65_HS1-834228961_62-HQ-83894_Section_9
Agency: FBI
Page 1
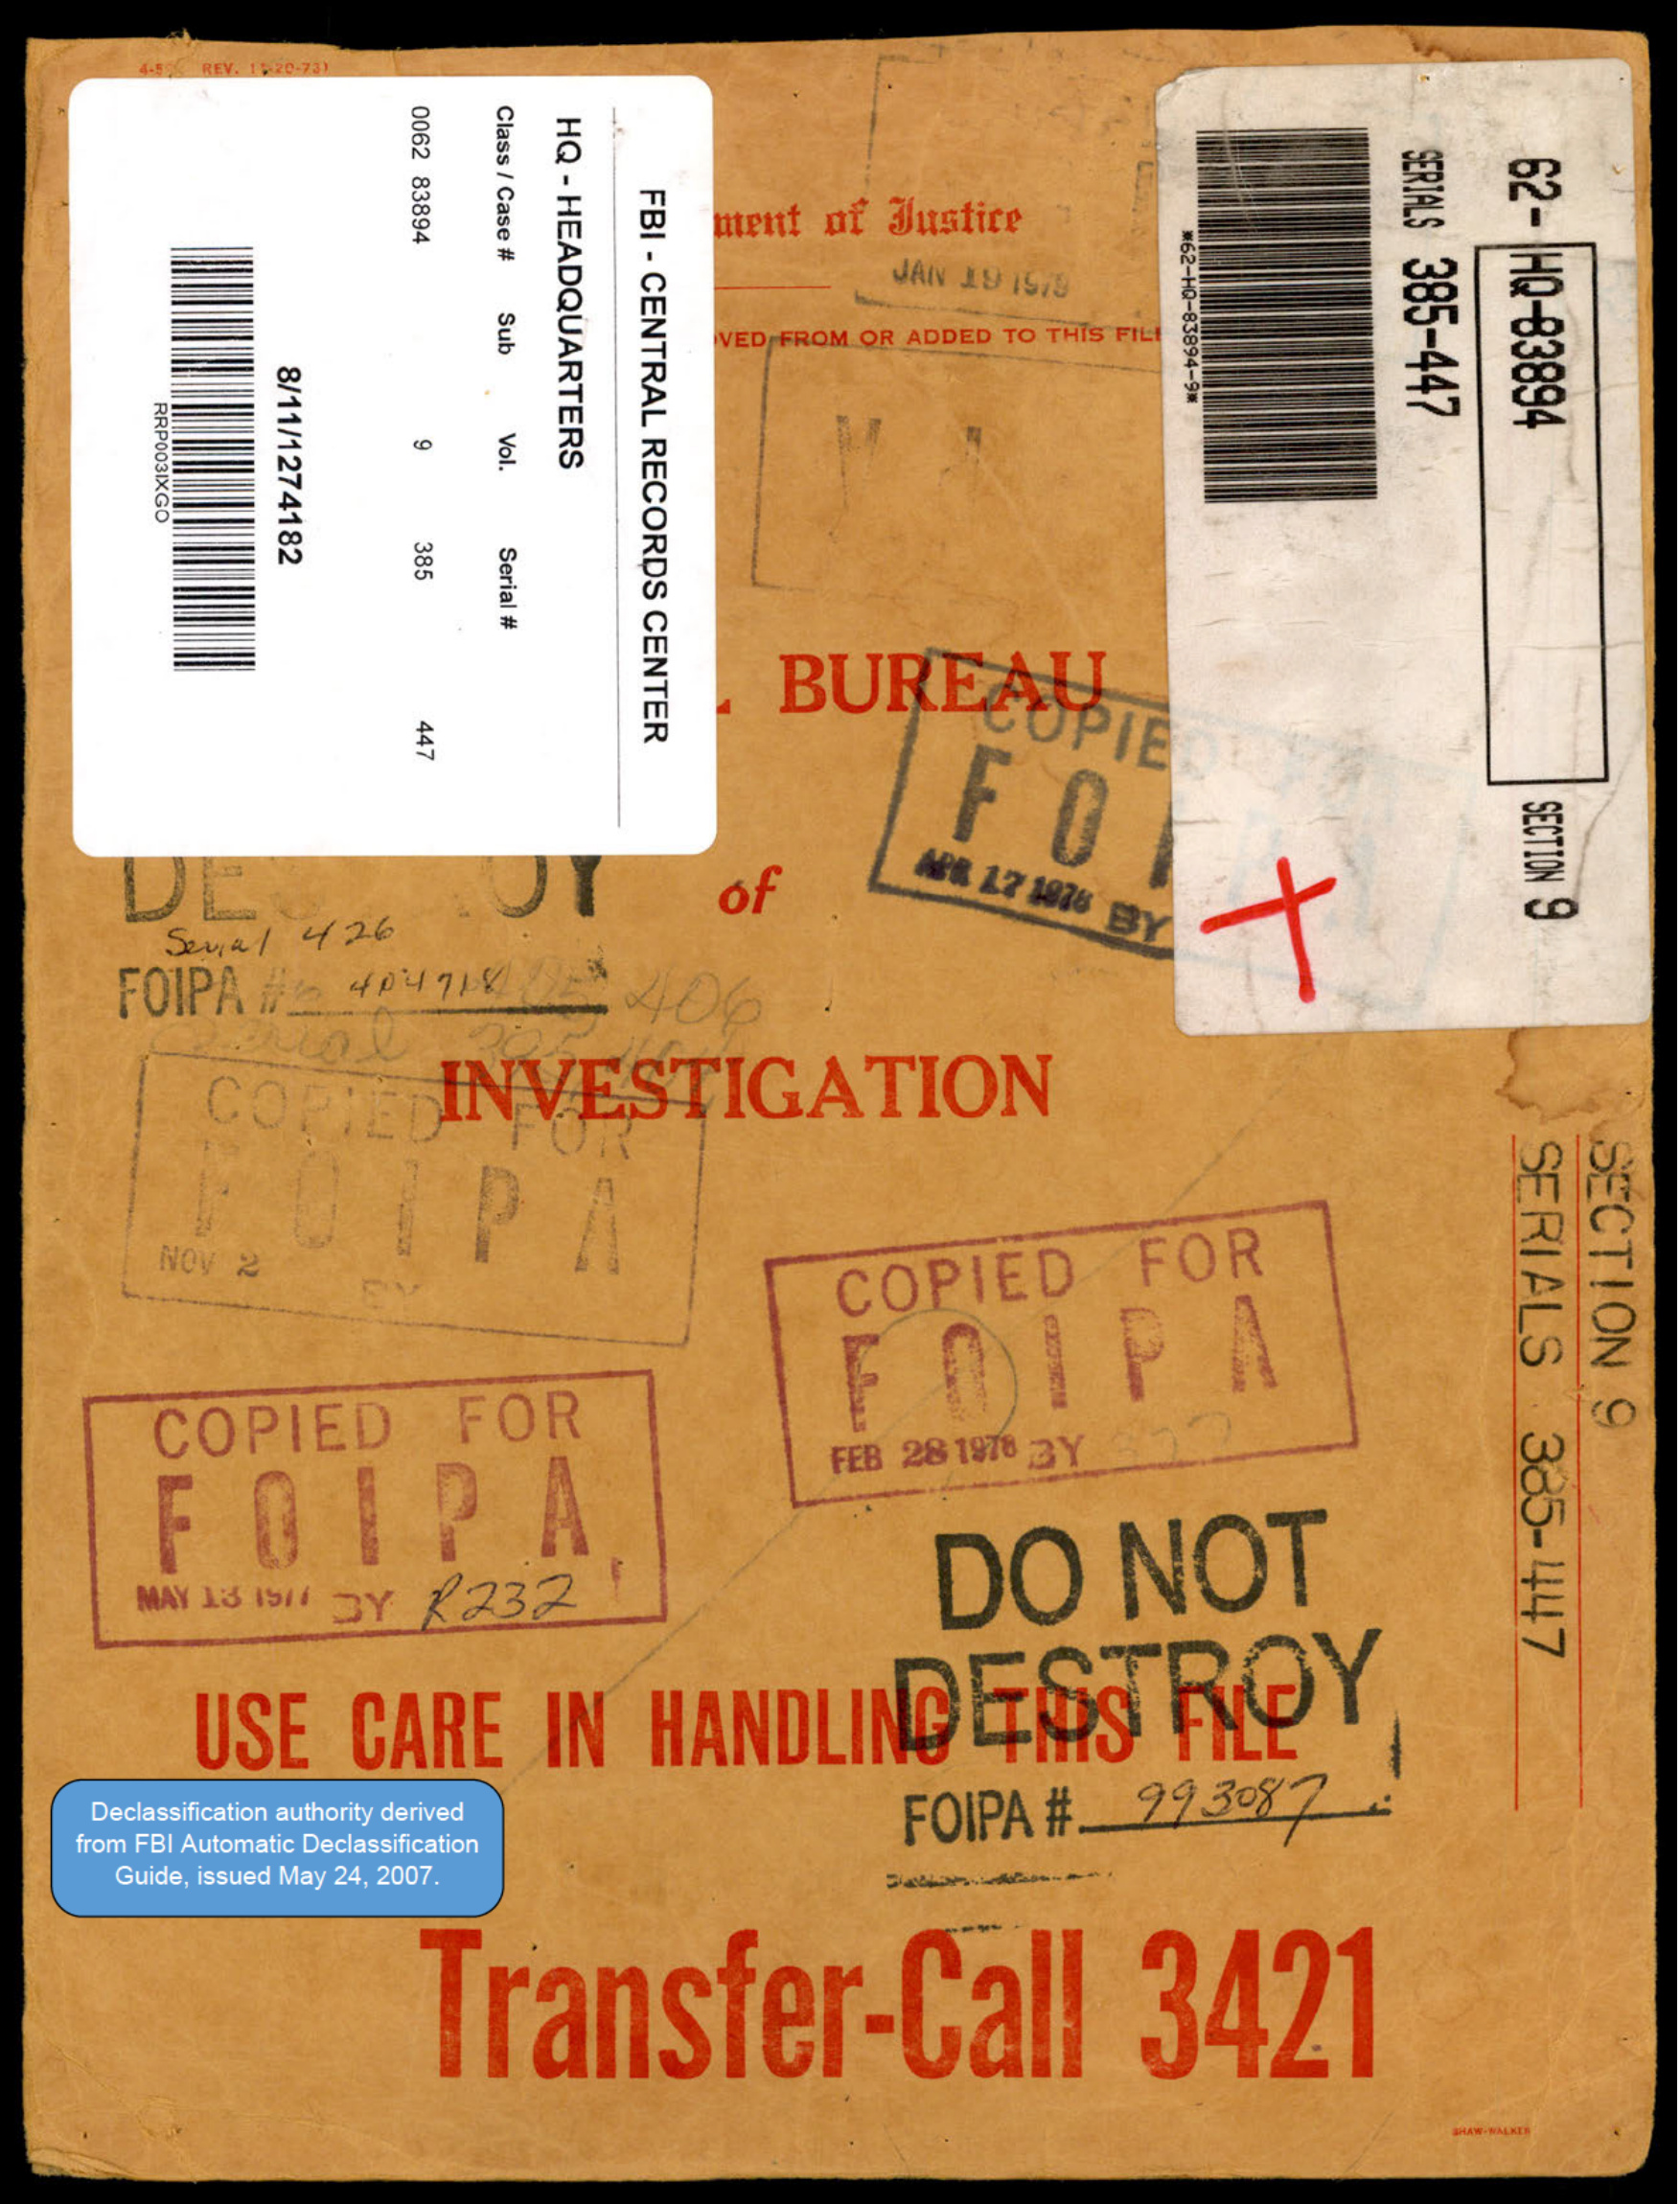